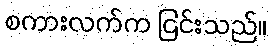
စကားလက်က ငြင်းသည်။